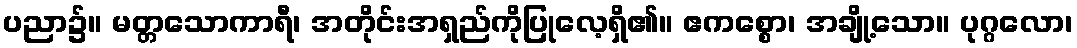
ပညာ၌။ မတ္တသောကာရီ၊ အတိုင်းအရှည်ကိုပြုလေ့ရှိ၏။ ဧကစ္စော၊ အချို့သော။ ပုဂ္ဂလော၊